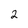
Character: 2